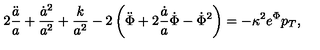
2 \frac { \ddot { a } } { a } + \frac { \dot { a } ^ { 2 } } { a ^ { 2 } } + \frac { k } { a ^ { 2 } } - 2 \left( \ddot { \Phi } + 2 \frac { \dot { a } } { a } \dot { \Phi } - \dot { \Phi } ^ { 2 } \right) = - \kappa ^ { 2 } e ^ { \Phi } p _ { T } ,